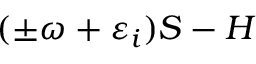
( \pm \omega + \varepsilon _ { i } ) S - H